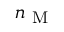
n _ { \mathrm { ~ M ~ } }